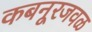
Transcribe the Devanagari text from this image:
कबनूरजवळ